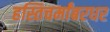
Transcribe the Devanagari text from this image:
हस्तिचर्मांबरधर